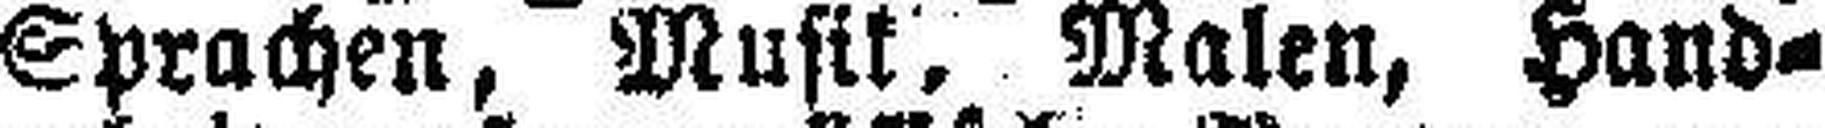
Sprachen, Musik, Malen, Hand¬